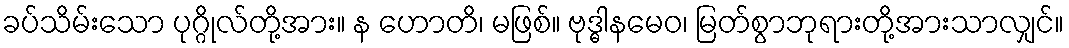
ခပ်သိမ်းသော ပုဂ္ဂိုလ်တို့အား။ န ဟောတိ၊ မဖြစ်။ ဗုဒ္ဓါနမေဝ၊ မြတ်စွာဘုရားတို့အားသာလျှင်။